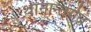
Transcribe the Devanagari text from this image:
थानान्तर्गत